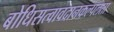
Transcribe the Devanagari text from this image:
बोधिसत्वावदानकल्पलता